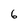
Character: 6